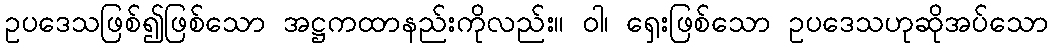
ဥပဒေသဖြစ်၍ဖြစ်သော အဋ္ဌကထာနည်းကိုလည်း။ ဝါ၊ ရှေးဖြစ်သော ဥပဒေသဟုဆိုအပ်သော